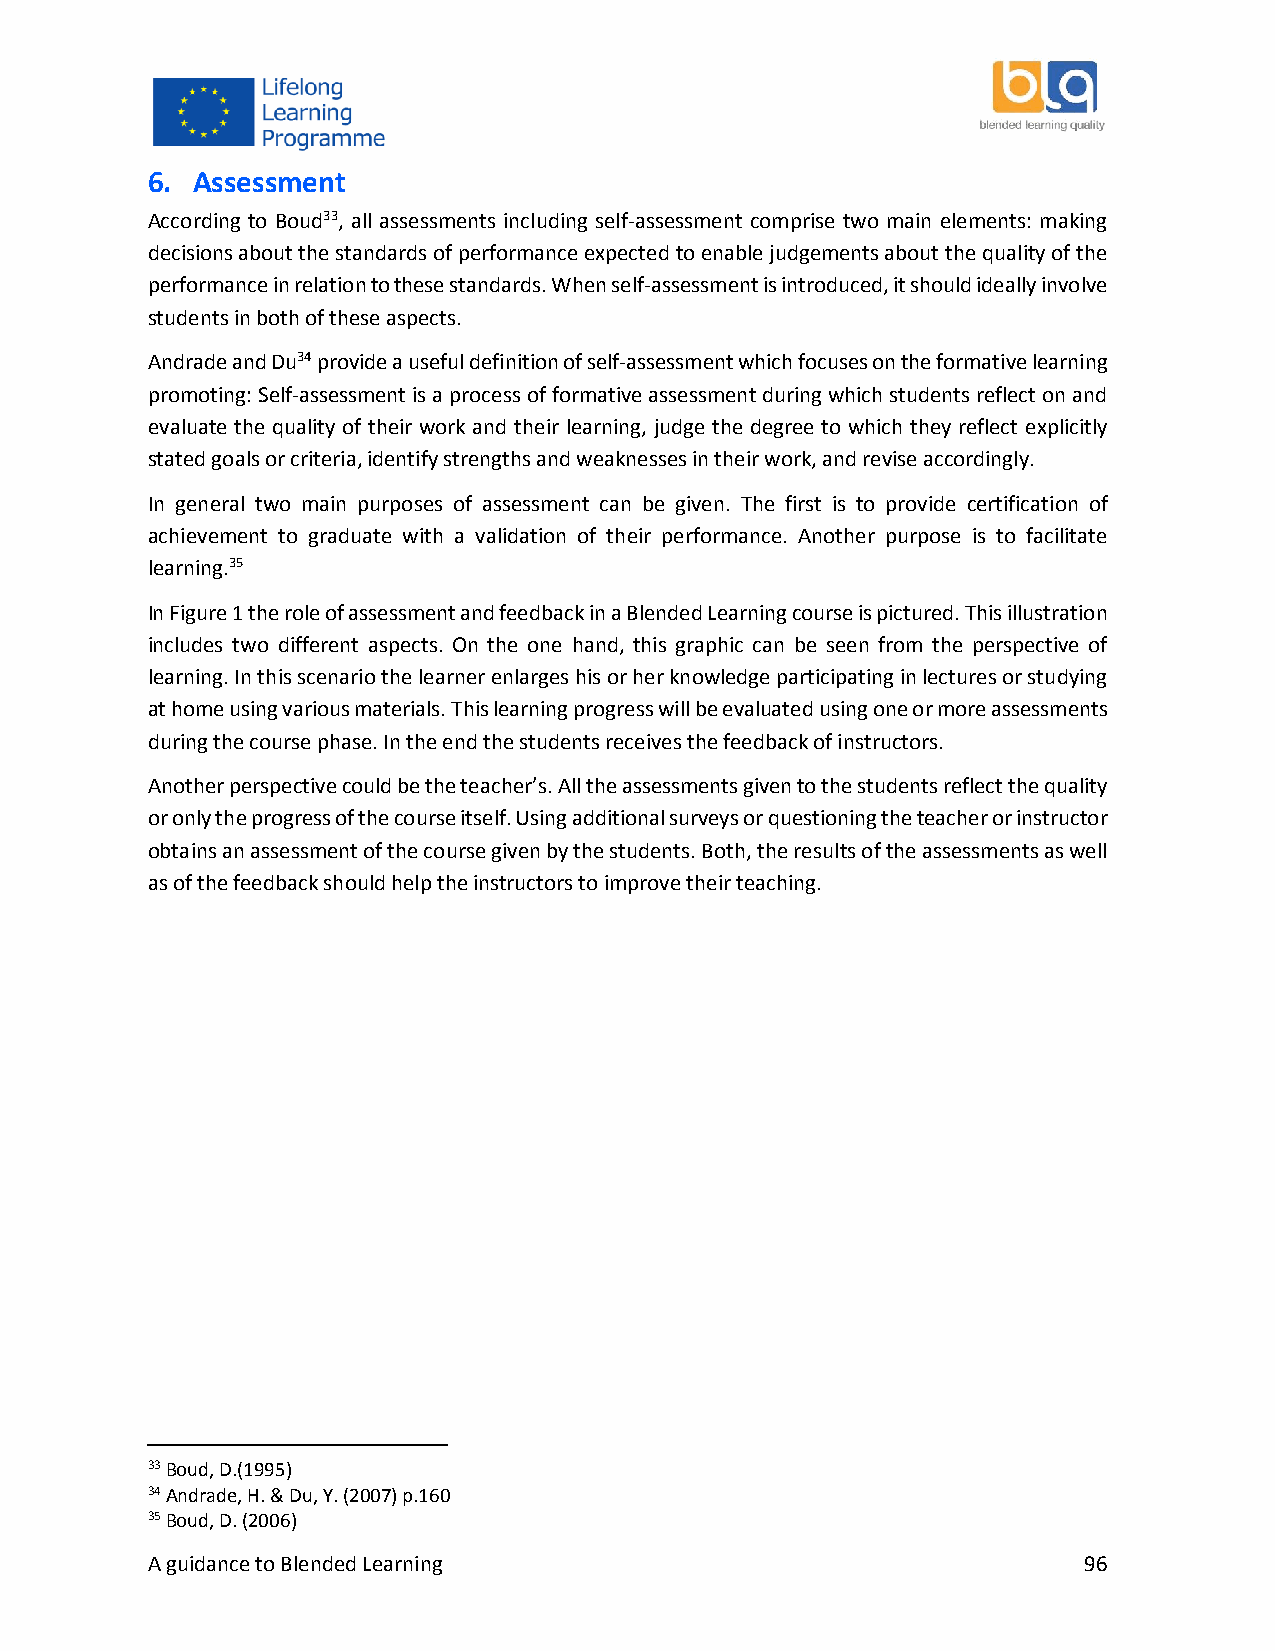
6. Assessment
 According to Boud33, all assessments including self-assessment comprise two main elements: making
 decisions about the standards of performance expected to enable judgements about the quality of the
 performance in relation to these standards. When self-assessment is introduced, it should ideally involve
 students in both of these aspects.
 Andrade and Du34 provide a useful definition of self-assessment which focuses on the formative learning
 promoting: Self-assessment is a process of formative assessment during which students reflect on and
 evaluate the quality of their work and their learning, judge the degree to which they reflect explicitly
 stated goals or criteria, identify strengths and weaknesses in their work, and revise accordingly.
 In general two main purposes of assessment can be given. The first is to provide certification of
 achievement to graduate with a validation of their performance. Another purpose is to facilitate
 learning.35
 In Figure 1 the role of assessment and feedback in a Blended Learning course is pictured. This illustration
 includes two different aspects. On the one hand, this graphic can be seen from the perspective of
 learning. In this scenario the learner enlarges his or her knowledge participating in lectures or studying
 at home using various materials. This learning progress will be evaluated using one or more assessments
 during the course phase. In the end the students receives the feedback of instructors.
 Another perspective could be the teacher’s. All the assessments given to the students reflect the quality
 or only the progress of the course itself. Using additional surveys or questioning the teacher or instructor
 obtains an assessment of the course given by the students. Both, the results of the assessments as well
 as of the feedback should help the instructors to improve their teaching.
 33 Boud, D.(1995)
 34 Andrade, H. & Du, Y. (2007) p.160
 35 Boud, D. (2006)
 A guidance to Blended Learning                                96